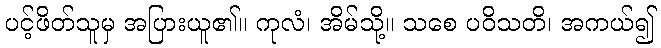
ပင့်ဖိတ်သူမှ အပြားယူ၏။ ကုလံ၊ အိမ်သို့။ သစေ ပဝိသတိ၊ အကယ်၍